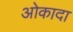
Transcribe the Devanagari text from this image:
ओकादा